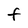
Character: F